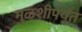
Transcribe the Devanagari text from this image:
मुळशीपर्यंत